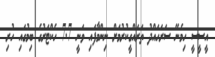
އީސީސީ ހިމެނޭ ސަރަހައްދު ތަރައްގީކުރުމަށް ނިންމާފައި ވަނީ 7.7 ހެކްޓަރުގެ ބިމުގައި ހުރި